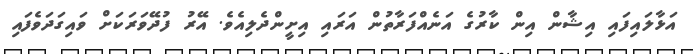
އަޅާލައިފައި އިޝާން އިން ކާރުގެ އަނެއްފަރާތުން އަރައި އިށީންދެލިއެވެ. އޭރު ފުދޭވަރަކަށް ވައިގަދަވެފައި